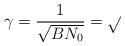
LaTeX: \begin{align*}\gamma=\frac{1}{\sqrt{B N_0}}=\sqrt{}\end{align*}